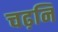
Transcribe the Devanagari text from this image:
चढ़नि